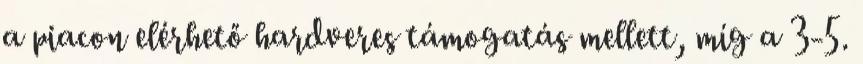
a piacon elérhető hardveres támogatás mellett, míg a 3-5.